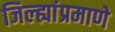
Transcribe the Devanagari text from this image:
जिल्ह्यांप्रमाणे